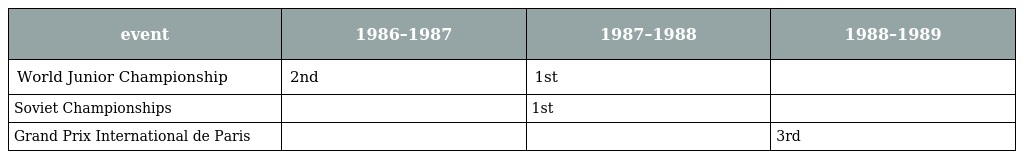
| event | 1986–1987 | 1987–1988 | 1988–1989 |
 | --- | --- | --- | --- |
 | World Junior Championship | 2nd | 1st |  |
 | Soviet Championships |  | 1st |  |
 | Grand Prix International de Paris |  |  | 3rd |